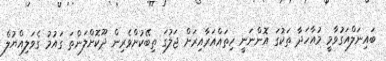
ބައިނަލްއަގުވާމީ މުއާހަދާ ތަކުގަ އޮންނަނީ ހިތައްއަރާއިރަށް ޖަލުގަ ތިބޭކުށްވެރިން ދޫކޮށްލަންތަ ގައުމު ގެވަލިއްޔުލް